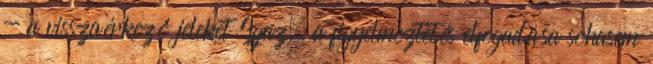
- a visszaérkező jeleket Igaz, a figyelmeztetés elfogadása sohasem